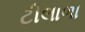
ટીલાળા